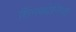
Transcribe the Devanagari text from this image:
तिनकोनिया